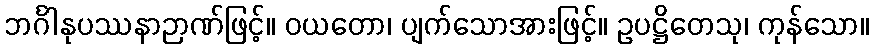
ဘင်္ဂါနုပဿနာဉာဏ်ဖြင့်။ ဝယတော၊ ပျက်သောအားဖြင့်။ ဥပဋ္ဌိတေသု၊ ကုန်သော။